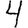
Digit: 4